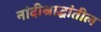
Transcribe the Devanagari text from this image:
नांदीश्राद्धांतील